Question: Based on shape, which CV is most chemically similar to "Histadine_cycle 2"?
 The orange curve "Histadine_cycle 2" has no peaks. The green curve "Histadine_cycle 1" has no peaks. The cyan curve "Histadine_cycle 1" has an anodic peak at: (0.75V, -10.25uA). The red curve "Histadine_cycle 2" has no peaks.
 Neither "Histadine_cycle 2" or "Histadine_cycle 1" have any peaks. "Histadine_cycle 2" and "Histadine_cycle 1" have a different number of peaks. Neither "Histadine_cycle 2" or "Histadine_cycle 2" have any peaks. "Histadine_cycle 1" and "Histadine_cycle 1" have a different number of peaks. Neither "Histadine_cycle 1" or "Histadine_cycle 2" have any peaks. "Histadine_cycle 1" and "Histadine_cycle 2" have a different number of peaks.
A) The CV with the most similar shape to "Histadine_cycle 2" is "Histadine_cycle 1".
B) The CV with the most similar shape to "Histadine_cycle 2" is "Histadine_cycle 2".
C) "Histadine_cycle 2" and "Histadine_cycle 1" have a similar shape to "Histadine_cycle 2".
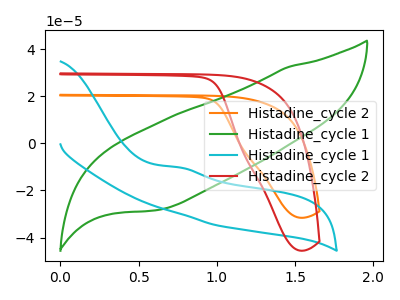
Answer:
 <answer>C) "Histadine_cycle 2" and "Histadine_cycle 1" have a similar shape to "Histadine_cycle 2".</answer>
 <eval>C</eval>